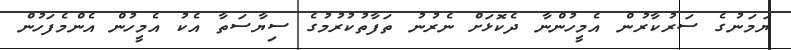
ޔަމަނުގެ ސަރުކާރުން އެމީހުންނާ ދެކޮޅަށް ނެރުނު ތަފާތުކުރުމުގެ ސިޔާސަތާ އެކު އެމީހުން އެންމެފަހުން